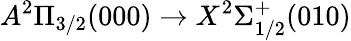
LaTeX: A^{2}\Pi_{3/2}(000)\rightarrow X^{2}\Sigma_{1/2}^{+}(010)